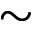
\sim